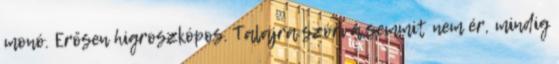
monó. Erősen higroszkópos. Talajra szórva semmit nem ér, mindig